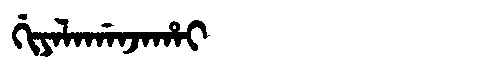
Manchu: ᡤᡳᠶᠠᠯᠠᡤᠠᠨᠵᠠᡥᠠᡳ
Romanization: GIYALAGANJAHAI